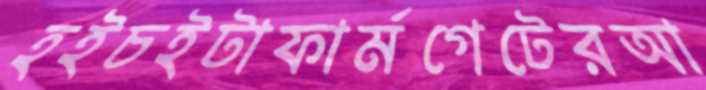
হইচইটাফার্মগেটেরআ